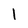
Character: l